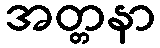
အတ္တနာ